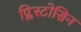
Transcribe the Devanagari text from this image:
प्लिस्टोसिन